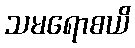
သမရောစယိ